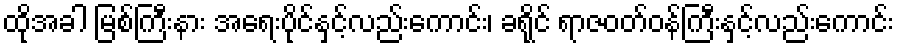
ထိုအခါ မြစ်ကြီးနား အရေးပိုင်နှင့်လည်းကောင်း၊ ခရိုင် ရာဇဝတ်ဝန်ကြီးနှင့်လည်းကောင်း